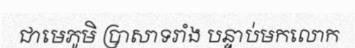
ជាមេភូមិ ប្រាសាទរាំង បន្ទាប់មកលោក